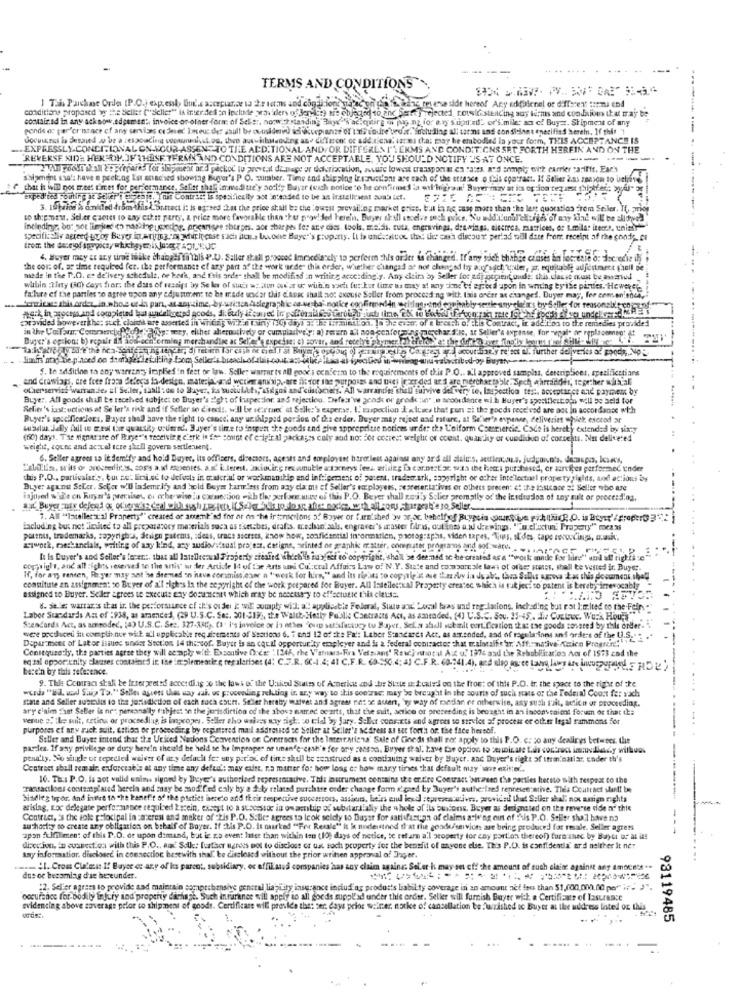
TERMS AND CONDITIONS"
conditions proposed 'w'the Seller (""seller" is inter des En Include was ders of Jeremy are objectod do and Seety rejected, rotelistening any terms and coodious that may be
comair.ad in any ack now.edgemen", invoice or oliner form: of Sels :, norwith standing Blaye '% 'actetirg or ph, . nz for e.vy supt'ad' or'similes ans of Buyer. Shipment of any
ponds at par'er istace of any servises ce Shed Iseus der asull be outsideed ici cuepianze of I'ds indire broar. including ali tarns and conditions enecifind herein. If this !
document is desaned w be a responding communist.os, then aus-hhstanding ane different or add.ticna' sarei that may be embodied la your form, THIS ACCEPTANCE IS
... EXPRESSLY.CONDITIONAL ON.YOUR ASSEN TO THE ADDITIONAL AND/OR DIFFEREN I'TERMS AND CONDITIONS SET FORTH HEREIN AND ON THE
"REVERSE XIDE HER ON. JF THESE TERMS AND CONDITIONS ARE NOT ACCEPTABLE, YOU SHOULD NOTIFY "'S AT ONCE.
2VAI pools ifall to prepares for shipment and packoc to proveat damage or doleriocution, aware lowest transportar en ratts, and comply with carrier "arifft. Each
saigenuint sso's have e pecking Est arached showing Buyer's P. O. mumber. Time and shipping Ir szustions are each of the ettesce o [his contract. If Selier 2.as reason to believe
chat is iwill nos meet times for performance, Seler shal immedi tre'y aorty Bayer (usch notice to be confirmed la wil legrain' Buyer may at is op ion tequest shiphier; >yal" or
exped' ted youling at Salter'i presto,l'as Contrite is specifically sot intended to be as installeseat son's Let.
3. 10faise is omitted drom-this d'or.tract i: is agreed that the price shall be the lowest prevailing market prist, but la ne samp more than the last quoratios frem Seiler. If, prior
to shipment, Seler caoses to any cukor party, a price more favorable than ther pow! ded herein. Buyer shall stoelve such puis. Nu udd'l'unal'ektiga of any kind will be slidyel
including, but not linked to maskine goeding, przearispe shires, aor charges for any cons. tools, maids. cuta, engravings, deswings, dieerrea, matrices. es Imila: items, unisty
specifically agreed por of Beyer in writing."o whit incase s'ich ilch. buone Baye"'s property. It is unescattoc thx; liwy cash discout' perlas till date from. receipt of the conde en
4. Buyer mey at any tiras like changes in this P.U. Saller stall proocod Immediately to perform this order is changed. If any sich thabee chases lin locreare o: decredie thy
the cost of. ar time required fet. the performance of ary part of the work urde" this order, whether changad ae not changed by any such"taller, ar. equitable adjustment faull be
mede in the P.O. et de'lvery schedule, de beth, and t'ris orde" shall be modified :n writing acce:ding.y. Any ckim by Seller for adi popient oude; this. cache must be awanted
wibin Tlity (c) days fier, the das of restips by Se les of sucr ac.aton auf at or with'n wach fu: kot time as may at any sine'oi eriecd upon in writing by ise pantes. Howerde
failure ef the partles co agree upon any adjustment to be made uscar this e.Avec shall not axouse Seller from procesdling with lais order as changed. Duyer may, for comen'enen,
dermitage this order_in.who.s ues par, at anytime, by-written Aclegraphic os wsta' notke confirmedin writingrond conitably-serie sny chef's by Seller for reasonslo trope
provided Soweverithe: suet cloichk are asserted in Writing win any (G) days 3: 1: Istmimtion. 10 the even; of e breath o, flis Contract, ir addition to the remedies provided
in the Uollamar, CommercehedoesElis: wey, either aheroutively or cumplasively; a) return al non-genforains-pochar.S.I, ar Seller's aspinse, for repai- de replacement !!
Buyer's op lon: b) repair IN aos-ach erming merchandise ac Sel'es' expejag: c) sontr, and recchyt abymer lifeis:esthe det ) wet tinob borrelli-y. ..
alectibod-by Buystv
$. In addition to any warranty implies in fect or law. Seller warrer to all good.i conferm to the requirements of this P.O .. a.l approved samples, descriptions, specificctians
and drawings, are fote frasa delecss fa-design, materjoband werker anixip-are fit for the purposes and thes (rcer ded ar 1 are merchartoble" Such ahraddes, together withl
oLaer service warran de, al'Seller, shall : co to Buyer, is wuotulAt, asigns and customers, All warranties shall survive delvery te, Inspection tes :, aoseptarct and payment by
Buyer. All goods shall be received subject to Buyer's :ight of inspection ans rejection. Defest've cad or grode ;in" _ scoordente =ih Buyer's spesiflestodo will be held for
Selit's iast: octions at Se ler's risk and if Seller so direct !. w.Il be se:rmed at Seller's experse. I. raspection I stuacs that gon zi the goods received are aos in accordance with
Buyer's specificalors. Bayer shall have the right to cancel any urihipped person of the erder. Buyer may reject and rature, at Se'ier's expense, deliveries whilek eserod ar
busstur :JaBy fail to west the quantity urumed. 3ayer's time to inspunt che goods and give apprepritse notices ur der the L'aiform Commercie .. Codo is herety extended by sixty
(fi0) days. The signature of Birge"'s receiving clerk in for count ef erigir al packages coly and not For cotres: weight of coest. quantity or cuididun of cornets. Nu delivered
weight, count and actuel tere shell govern sertlenient.
6. Seller agrees sa it demify and hold Bayer, its offisers, directors, agests and employant harmless against any ard all alalır's, actienau.s. judgain's, dacapo, lowes,
Bald.Iln. srits of proceedings, cos's a. il esopentes. a.s. L.lerest. acudir.g res ounuble atxneys lees. arising is cornt:L.ac waa the her.i purchased, or aartiges performed under
this P.O ., partivalat's, tu ne: lini.se to defects in calorial or workmanship and infripement of patent, trademark, saysright or other intellectual property sialis, and actions by
Buyer against Seler. Sefer w'U lademely and hold Buyer harmless from any cla me of Seller's employees, representatives or others present at the lostcace st Seller who are
injured w"'e on Burya's precises, oi oche wise ia conection with tles perfare.wie of this P.O. Beyer shall Emily Solier promptly od' the Insdredon of any sult or proceeding,
7. All "Intellectual Property"" created or anteml'sd for ar on the internerions of Bayer or furnished > proc. behelfyof Ruyasin poursuive pih IthadR.O. is Bey'/grocer3
including but not limited to all preparatory materials saca as t'ensbes, drafts. wechan. aals, engraver's master Ditras, out toss a ul dee wings, "o.el'actua: Prazery" mex
potens, trademarks, zapyrights, design patents, sdeas, trace secrets, know how, confidential information, photographs, viden tapes, Tus, oldes, cape recordings, a.u.k.
Liwork, mechandials, waiting of any kind, any audiovisual project. detigne, printed or graphic matter, computer programs and software. ..... ". 5
[: is Buyer's and Seller's facer .:. that all latellecrual Property siesied which is sur fet to copyright,
Spyyright, shall be deemed at he created as a "work ande for hire" und all rights se
coppaigls, and all rights reserved to the antis' wr der Artide It of The Arts un Cu .; ctal Affairs Law of N.Y. State and compare ale lawi of ofaer states, shall te vested ir, Buyer.
If, for any rensen, Pe yer may ant ise diemed on have commiss.eser a "werk for hire," and ins risaus to copyrig's de the sky is de ab ., thea Salir usowa kas this document shed
constitute an assignment so Buyer of a'l sighes ia the seppright of the work prepared for Buyer. All Intellectual Property createc which is tuk jeci so patent is bereby irrevocably
assigned to Buyer. Seiler agrees te Execute any documents which may be necessary to effectutic this ciatst.
8. Se. le warrar's that ir, the performance of it's ou dei it wil comply wi'l; al applicable Federal, Sus and Local tras sad reg.Iations, including but not limited to the.Fein. ""
Labor Sundards Amt of :938, as amended, (29 U.S.C. Se :. 301-319), the Waltk-Hetly Publi; Contracts Act, as amended, (4) U.S.C. Sou. 15-45 ,. I .. Coctac. Work Hours
Scencards Act, as acsoded, (4) U.S.C. Sez. 327-380 ,. (1' I's invoice or is etses "oun satisfactory tu Buyer, Sels aball schalt ect. fcation that tse goods sossted by this order-
were produced in compliance with all applicable reg sicements of Sections 6, 7 and 12 of the Pa': Laber Standards Act. as amended, and of regulations anf orders of the U.S ..
Depar ment of Later issues under Section 14 thereof. Buyer is an caril opportunity employer and is a federal contractor chat trainralfs'ar, Aff: native Amico Praetere !!
Consequently, the parties agree they will comply with: Exsontive (nes: " 1246, the V'stars-Fra Velsians" Reac) whotal AX o. 137s and the Rehabilitation Act of 1573 cod the
berein by this reference.
eq zal opportunity clauses contained in the implementle e regalarise: (4: C.F.R. 6C-1.4; 41 C.F.R. 68-550,4; &] C.F.R. 60-241.4), and also agree Lawyg laws Are MuurporMed 5 RID te
9. This Ccotraci shall be firterweeted accerdi.ig 26 the laws of the United States of Acperik and its Siste D:d:cale's on the front of this P.O. tr. the space to the right of the
words "EL usal Suip Ta." Selles aguets thes way sai. us proceeding reluting in any way to this contrac; may be brought in the sourte of such stats of the Federal Court fer vach
state and Seller subidas to the jurisdiction of each soca court. St.let hereby matvet and agrees net of auert, 'w way of medan or otherwise, asy such suit, action or proceeding.
ary claim faut Seller is net personally ruthjest to the jurisdiction of the above marred ocarts, that the suit, acrice or preceeding is brought in an Incons saient forum or that the
venue e. ile sult, cetins or proceeding is in;copes. Seller sho walees wwy sigt. co tid by fary. Seller cons.ets and agrees to strviet af process or other legal rammons for
purpores ef any sack suit, Ettion or proceeding by registered mail addressod se Seller at Seiler's address as set forth or the face hessof.
Seller and Buyer intend that the United Nations Convention of Contrners for the Interrarie's Sale of Gineds shall not apply to this P.O. c. co any dealirys bet=bes. the
partes. If any privilege of duty here!n should be held se he improper ne umanfe-crash'e for ory canson. Buyer thal, have the option to sowicale Las contract isvllt .. y willua.
pena'ly. No shade of tepeeled waiver of asy default fe: uny period of time shell be seastrued as a continuing waiver by Bager, and Duyer's tight of ttren'estiar, under th's
Contract abell rem ale enforceable at any time any defud'; may exist. ra mater fo: how long or how many times that default may use exister ..
10. Th: P.O. Is aot valld enina slyned by Buyer's authorlaed representative. Thl: instrument contains the er.fire Contract butareen the parties hersto with respect to the
"Tassaclons contemplated herela and may be mmod'fed caly by a d ly related purchase order change form 'ged by Buyer's authe:ised representative. This Couttact slant! be
Sindleg tipor, and intre th "he banef't of the postict isereto and their respective successors, assimuns, beins anul ked representatives, provided that Seller shall not asign rights
arising, Loc delegate performance required Iscein, except to a successor in omantip of sobitarilally the whole of its business, Buyer as designated on the rewsse dide ne this
Contract, 's the sole prfocipal in :arerest and maker of "Lis P.O. S.Ucr agrees to leok seloly to Buyst for sati (fasuna of claims arie ng out of Puis P.O. Stiler shal have no
auchortay to create any obligation on behalf of Boyer. If :his P.O. It marked "For Resale" it k understood that the goods/services are being produced for resale. Seller agress
------ ---
apon fulfillment of this P.O. de upon dimand, but ic. za event later than within ten (10) days of netice, te refurn a'l property for eny portion thereof) turn snec by Bayer of al il!
diccion, in cuanest.on with this P.O ., aux Salle; further agrees pol to discloss of us such property for the benefit of anyone else. This P.D. is confidentia' ard neither it ne:
any information. disclosed in connection hesewith shal. be disclosed without the prior written approval of Jager.
. . 1. Crom Cuteis I! Bayse es any of its parent, subsidiary, oc affiliates companies has any claim againe. Sel'er h may se ct: the amount of such elaine against any moce's ..
dus or beesmiag das hereunder.
:2. Sel'er agrees to provide sad maintain samaptshensive general liability insurance inciud ag produsts liability coverage in an amount net less than $1,000,000.00 per" i" }".
occurence for bodily injury and property dichage. Such inrarance will apply to all goods suppl'ad under this order. Seller will furnish Bayer wick a Certificate of Insurance
Evidenciag above coverage pelor to shipment of goods. Certificare will provide the: cer: days prior weiner, notke of cancellation be "wished oc Buyer at the wildress listed of this
93119485